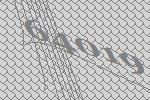
64019